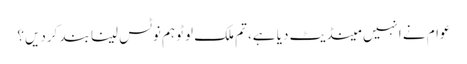
عوام نے انہیں مینڈیٹ دیا ہے، تم ملک لوٹو ہم نوٹس لینا بند کردیں؟